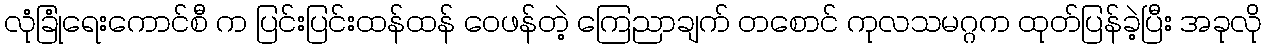
လုံခြုံရေးကောင်စီ က ပြင်းပြင်းထန်ထန် ဝေဖန်တဲ့ ကြေညာချက် တစောင် ကုလသမဂ္ဂက ထုတ်ပြန်ခဲ့ပြီး အခုလို